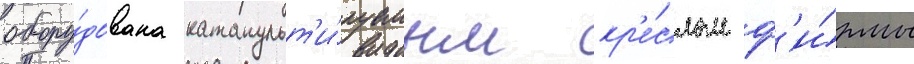
обору́дована катапульт'и́руемым кр'е́слом ф'и́рмы